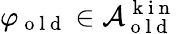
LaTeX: \varphi_{\mathrm{~o~l~d~}}\in\mathcal{A}_{\mathrm{~o~l~d~}}^{\mathrm{~k~i~n~}}